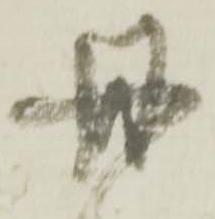
丹